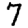
Digit: 7